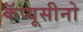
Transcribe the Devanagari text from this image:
कॅप्यूसीनो